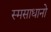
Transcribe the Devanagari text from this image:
स्मसाधानो